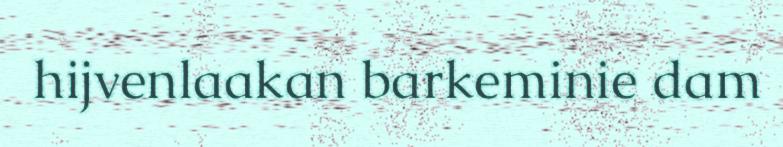
hijvenlaakan barkeminie dam